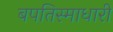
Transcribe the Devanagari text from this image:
बपतिस्माधारी